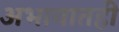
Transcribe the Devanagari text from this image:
अभावातही